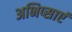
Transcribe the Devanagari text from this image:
अभिप्साएं